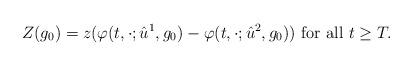
LaTeX: \begin{align*} Z(g_0)=z(\varphi(t,\cdot;\hat{u}^1,g_0)-\varphi(t,\cdot;\hat{u}^2,g_0))\textnormal{ for all } t\ge T.\end{align*}